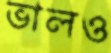
ভালও